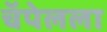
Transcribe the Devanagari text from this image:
चॅपेलला